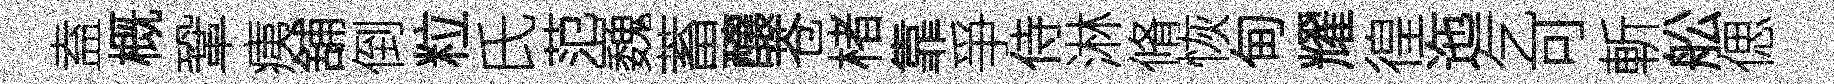
盍概鞏痍舖倒粒氏范巍蓄釀苍楮靠爭侍淋脩恢甸耀徨迤乞可斬舩偲